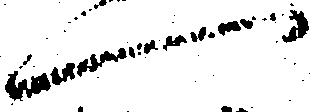
一